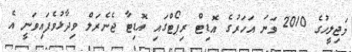
މަޖިލީހުގެ 2010 ވަނަ އަހަރުގެ އޮޑިޓް ރިޕޯޓްގައި އޮޑިޓާ ޖެނެރަލް ވިދާޅުވެފައިވަނީ އެ